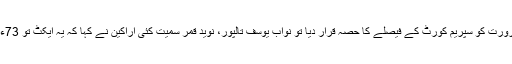
انھوں نے آرمی ایکٹ کو پبلک کرنے کی ضرورت کو سپریم کورٹ کے فیصلے کا حصّہ قرار دیا تو نواب یوسف تالپور، نوید قمر سمیت کئی اراکین نے کہا کہ یہ ایکٹ تو 73ء کے آئین کے وقت سے سیکرٹ چلا آرہا ہے۔